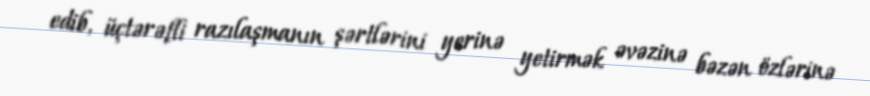
edib, üçtərəfli razılaşmanın şərtlərini yerinə yetirmək əvəzinə bəzən özlərinə